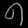
Digit: ၈